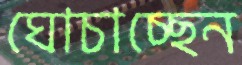
ঘোচাচ্ছেন